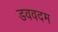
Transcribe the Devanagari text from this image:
डववदम